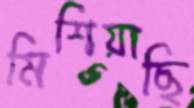
মিশিয়াছি